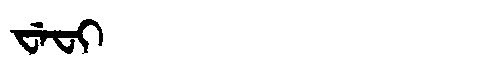
Manchu: ᠸᡝᠸᡳ
Romanization: WEFI